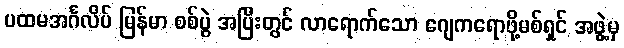
ပထမအင်္ဂလိပ် မြန်မာ စစ်ပွဲ အပြီးတွင် လာရောက်သော ဂျေကရောဖို့မစ်ရှင် အဖွဲ့မှ